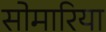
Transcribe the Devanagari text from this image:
सोमारिया